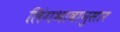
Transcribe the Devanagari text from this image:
लिंगभावानुसार